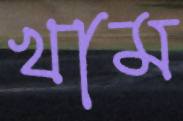
খাম